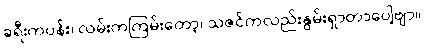
ခရီးကပန်း၊ လမ်းကကြမ်းတော့၊ သဇင်ကလည်းနွမ်းရှာတာပေါ့ဗျာ။